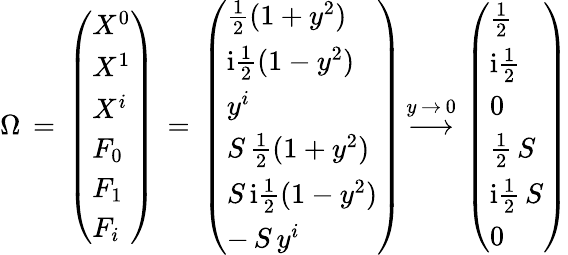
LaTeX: \Omega\, =\, \left(\begin{array}{l}{{X^{0}}}\\ {{X^{1}}}\\ {{X^{i}}}\\ {{F_{0}}}\\ {{F_{1}}}\\ {{F_{i}}}\end{array}\right)\, =\, \left(\begin{array}{l}{{\frac{1}{2}(1+y^{2})}}\\ {{\mathrm{i}\frac{1}{2}(1-y^{2})}}\\ {{y^{i}}}\\ {{S\, \frac{1}{2}(1+y^{2})}}\\ {{S\, \mathrm{i}\frac{1}{2}(1-y^{2})}}\\ {{-\, S\, y^{i}}}\end{array}\right)\, {\stackrel{y\, \to\, 0}{\longrightarrow}}\, \left(\begin{array}{l}{{\frac{1}{2}}}\\ {{\mathrm{i}\frac{1}{2}}}\\ {{0}}\\ {{\frac{1}{2}\, S}}\\ {{\mathrm{i}\frac{1}{2}\, S}}\\ {{0}}\end{array}\right)